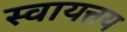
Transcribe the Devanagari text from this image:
स्वायत्तय